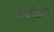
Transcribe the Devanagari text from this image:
चर्मपत्रों